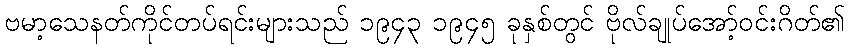
ဗမာ့သေနတ်ကိုင်တပ်ရင်းများသည် ၁၉၄၃ ၁၉၄၅ ခုနှစ်တွင် ဗိုလ်ချုပ်အော့်ဝင်းဂိတ်၏